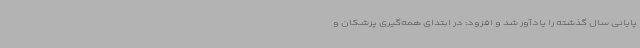
پایانی سال گذشته را یادآور شد و افزود: در ابتدای همه‌گیری پزشکان و